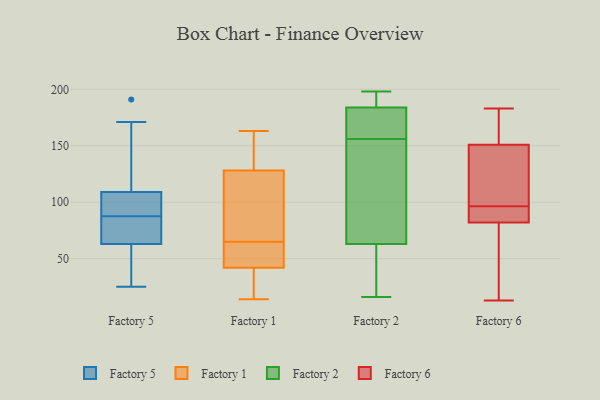
{"axis": {"x": "Conversion Rate (%)", "y": "Value"}, "legend": ["Factory 1", "Factory 2", "Factory 5", "Factory 6"], "data": [{"x": "", "y": 129, "type": "Factory 5"}, {"x": "", "y": 80, "type": "Factory 5"}, {"x": "", "y": 109, "type": "Factory 5"}, {"x": "", "y": 85, "type": "Factory 5"}, {"x": "", "y": 91, "type": "Factory 5"}, {"x": "", "y": 145, "type": "Factory 5"}, {"x": "", "y": 65, "type": "Factory 5"}, {"x": "", "y": 63, "type": "Factory 5"}, {"x": "", "y": 90, "type": "Factory 5"}, {"x": "", "y": 68, "type": "Factory 5"}, {"x": "", "y": 171, "type": "Factory 5"}, {"x": "", "y": 191, "type": "Factory 5"}, {"x": "", "y": 92, "type": "Factory 5"}, {"x": "", "y": 38, "type": "Factory 5"}, {"x": "", "y": 25, "type": "Factory 5"}, {"x": "", "y": 91, "type": "Factory 5"}, {"x": "", "y": 45, "type": "Factory 5"}, {"x": "", "y": 47, "type": "Factory 5"}, {"x": "", "y": 14, "type": "Factory 1"}, {"x": "", "y": 45, "type": "Factory 1"}, {"x": "", "y": 133, "type": "Factory 1"}, {"x": "", "y": 76, "type": "Factory 1"}, {"x": "", "y": 141, "type": "Factory 1"}, {"x": "", "y": 45, "type": "Factory 1"}, {"x": "", "y": 31, "type": "Factory 1"}, {"x": "", "y": 15, "type": "Factory 1"}, {"x": "", "y": 42, "type": "Factory 1"}, {"x": "", "y": 163, "type": "Factory 1"}, {"x": "", "y": 65, "type": "Factory 1"}, {"x": "", "y": 95, "type": "Factory 1"}, {"x": "", "y": 65, "type": "Factory 1"}, {"x": "", "y": 128, "type": "Factory 1"}, {"x": "", "y": 198, "type": "Factory 2"}, {"x": "", "y": 190, "type": "Factory 2"}, {"x": "", "y": 27, "type": "Factory 2"}, {"x": "", "y": 16, "type": "Factory 2"}, {"x": "", "y": 63, "type": "Factory 2"}, {"x": "", "y": 32, "type": "Factory 2"}, {"x": "", "y": 169, "type": "Factory 2"}, {"x": "", "y": 160, "type": "Factory 2"}, {"x": "", "y": 101, "type": "Factory 2"}, {"x": "", "y": 196, "type": "Factory 2"}, {"x": "", "y": 174, "type": "Factory 2"}, {"x": "", "y": 152, "type": "Factory 2"}, {"x": "", "y": 138, "type": "Factory 2"}, {"x": "", "y": 184, "type": "Factory 2"}, {"x": "", "y": 159, "type": "Factory 6"}, {"x": "", "y": 83, "type": "Factory 6"}, {"x": "", "y": 60, "type": "Factory 6"}, {"x": "", "y": 93, "type": "Factory 6"}, {"x": "", "y": 75, "type": "Factory 6"}, {"x": "", "y": 49, "type": "Factory 6"}, {"x": "", "y": 97, "type": "Factory 6"}, {"x": "", "y": 85, "type": "Factory 6"}, {"x": "", "y": 82, "type": "Factory 6"}, {"x": "", "y": 13, "type": "Factory 6"}, {"x": "", "y": 138, "type": "Factory 6"}, {"x": "", "y": 161, "type": "Factory 6"}, {"x": "", "y": 96, "type": "Factory 6"}, {"x": "", "y": 118, "type": "Factory 6"}, {"x": "", "y": 118, "type": "Factory 6"}, {"x": "", "y": 161, "type": "Factory 6"}, {"x": "", "y": 183, "type": "Factory 6"}, {"x": "", "y": 151, "type": "Factory 6"}]}